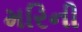
મરિની